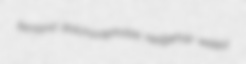
fernland dolichocephalize hedgehop welled